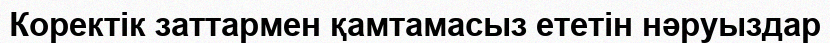
Коректік заттармен қамтамасыз ететін нәруыздар